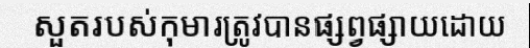
សួតរបស់កុមារត្រូវបានផ្សព្វផ្សាយដោយ